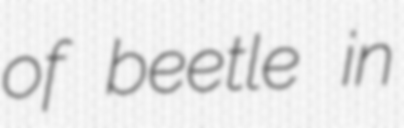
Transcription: of beetle in